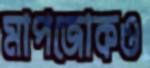
মাপজোকও